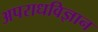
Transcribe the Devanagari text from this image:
अपराधविज्ञान